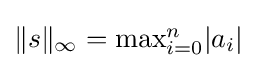
\|s\|_{\infty }=\textstyle {\max _{i=0}^{n}}|a_{i}|